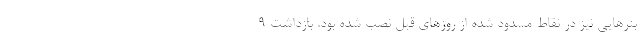
بنرهایی نیز در نقاط مسدود شده از روزهای قبل نصب شده بود. بازداشت ۹